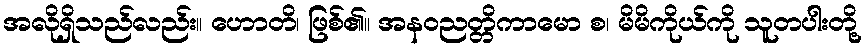
အလိုရှိသည်လည်း။ ဟောတိ၊ ဖြစ်၏။ အနဝညတ္တိကာမော စ၊ မိမိကိုယ်ကို သူတပါးတို့